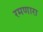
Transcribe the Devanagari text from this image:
रमणारा